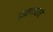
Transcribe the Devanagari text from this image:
कातण्याचे